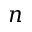
n